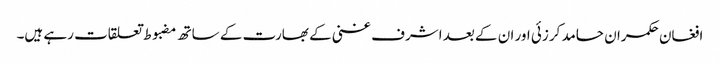
افغان حکمران حامد کرزئی اور ان کے بعد اشرف غنی کے بھارت کے ساتھ مضبوط تعلقات رہے ہیں۔